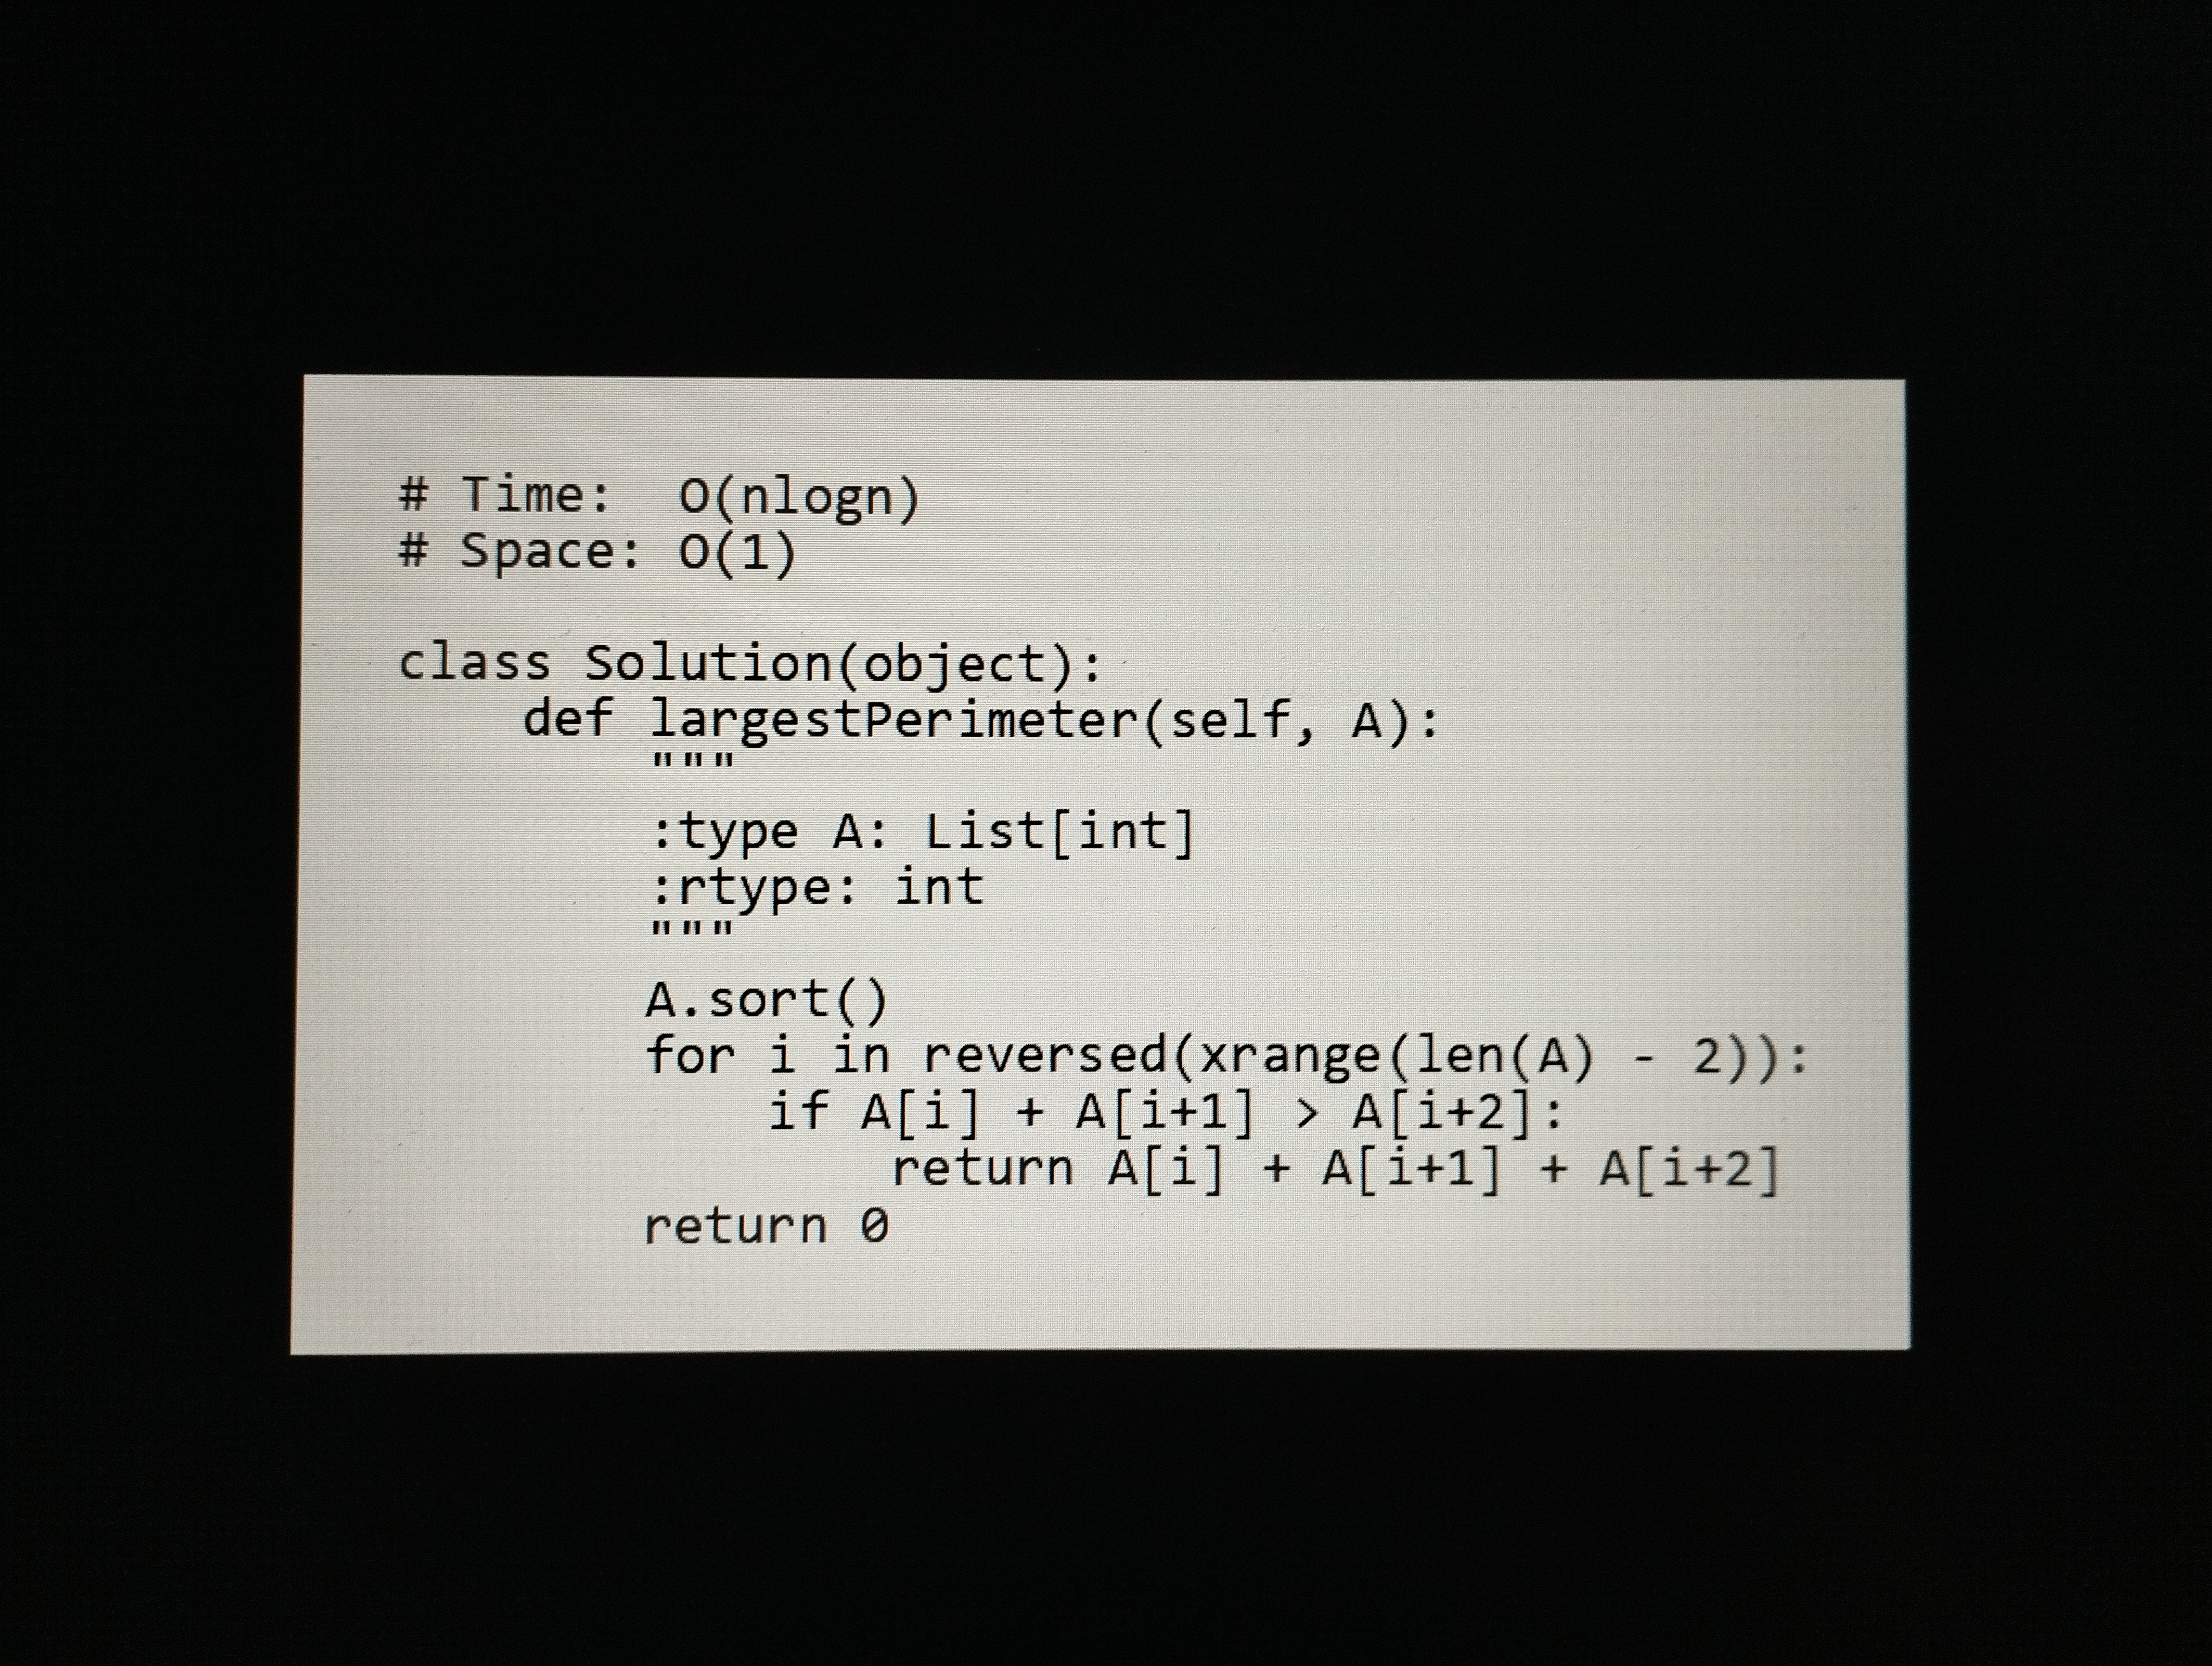
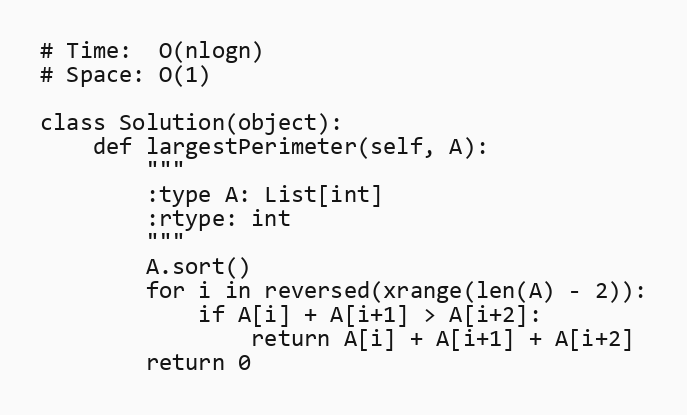
# Time:  O(nlogn)
# Space: O(1)

class Solution(object):
    def largestPerimeter(self, A):
        """
        :type A: List[int]
        :rtype: int
        """
        A.sort()
        for i in reversed(xrange(len(A) - 2)):
            if A[i] + A[i+1] > A[i+2]:
                return A[i] + A[i+1] + A[i+2]
        return 0